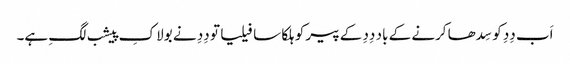
اَب دِدِ کو سِدھا کرنے کے باد دِدِ کے پیر کو ہلکا سا فیلیا تو دِدِ نے بولا کِ پیشب لگِ ہے۔